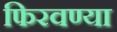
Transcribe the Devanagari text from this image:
फिरवण्या